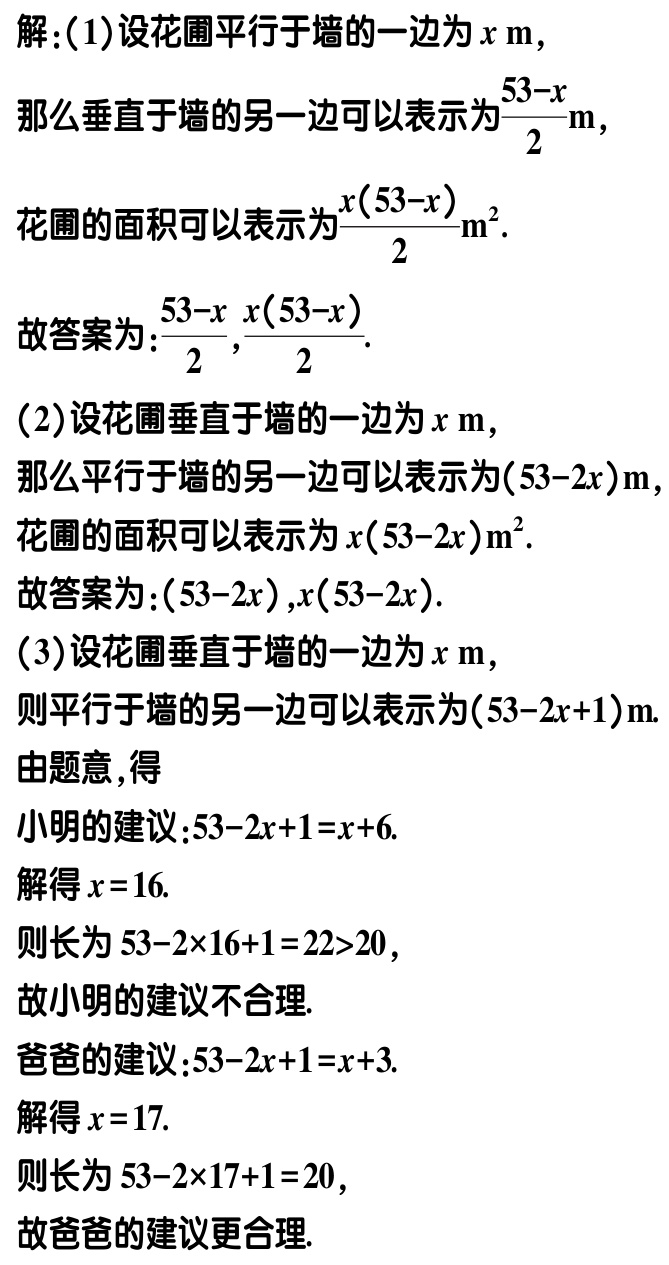
解：(1)设花圃平行于墙的一边为\(x\mathrm{ m}\)，
那么垂直于墙的另一边可以表示为\(\frac{53 - x}{2}\mathrm{ m}\)，
花圃的面积可以表示为\(\frac{x(53 - x)}{2}\mathrm{ m}^2\).
故答案为：\(\frac{53 - x}{2}\)，\(\frac{x(53 - x)}{2}\).

(2)设花圃垂直于墙的一边为\(x\mathrm{ m}\)，
那么平行于墙的另一边可以表示为\((53 - 2x)\mathrm{ m}\)，
花圃的面积可以表示为\(x(53 - 2x)\mathrm{ m}^2\).
故答案为：\((53 - 2x)\)，\(x(53 - 2x)\).

(3)设花圃垂直于墙的一边为\(x\mathrm{ m}\)，
则平行于墙的另一边可以表示为\((53 - 2x + 1)\mathrm{ m}\).
由题意，得
小明的建议：\(53 - 2x + 1 = x + 6\).
解得\(x = 16\).
则长为\(53 - 2\times16 + 1 = 22>20\)，
故小明的建议不合理.
爸爸的建议：\(53 - 2x + 1 = x + 3\).
解得\(x = 17\).
则长为\(53 - 2\times17 + 1 = 20\)，
故爸爸的建议更合理.